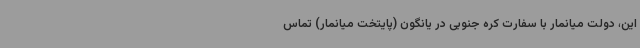
این، دولت میانمار با سفارت کره جنوبی در یانگون (پایتخت میانمار) تماس